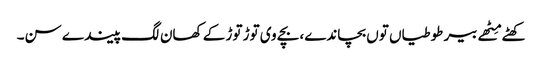
کھٹے مِٹھے بیر طوطیاں توں بچاندے، بچے وی توڑ توڑ کے کھان لگ پیندے سن۔